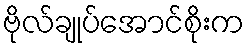
ဗိုလ်ချုပ်အောင်စိုးက